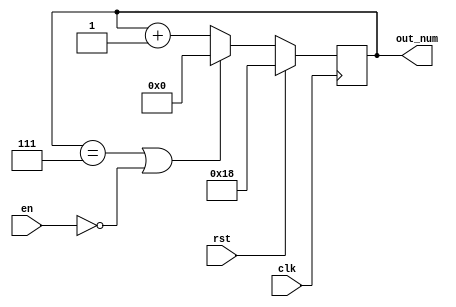
`timescale 1ns / 1ps
//////////////////////////////////////////////////////////////////////////////////
// Company: 
// Engineer: 
// 
// Design Name: 
// Module Name: cnt_s4
// Project Name: 
// Target Devices: 
// Tool Versions: 
// Description: 
// 
// Dependencies: 
// 
// Revision:
// Revision 0.01 - File Created
// Additional Comments:
// 
//////////////////////////////////////////////////////////////////////////////////


module cnt_s4(
                clk,
                rst,
                en,
                out_num
                );
    input clk;
    input rst;
    input en;
    output signed [4:0] out_num;
    reg signed [4:0] out_num;
    
    always@(posedge clk) begin
        if (rst)
            out_num <= - 5'd8;
        else if (out_num == 5'd7 || en == 0)
            out_num <= 0;
        else
            out_num <= out_num + 5'd1;
    end
endmodule